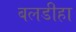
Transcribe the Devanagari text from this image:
बलडीहा